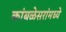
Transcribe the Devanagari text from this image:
कांबळेसरांमध्ये